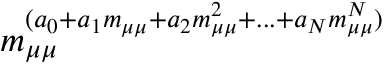
\ensuremath { m _ { \mu \mu } } ^ { ( a _ { 0 } + a _ { 1 } \ensuremath { m _ { \mu \mu } } + a _ { 2 } \ensuremath { m _ { \mu \mu } } ^ { 2 } + . . . + a _ { N } \ensuremath { m _ { \mu \mu } } ^ { N } ) }